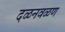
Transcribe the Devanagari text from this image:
दळनवळण